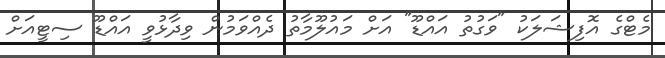
މެޓްގެ އޮފިޝަލަކު "ވަގުތު އައްޑޫ" އަށް މައުލޫމާތު ދެއްވަމުން ވިދާޅުވީ އައްޑޫ ސިޓީއަށް